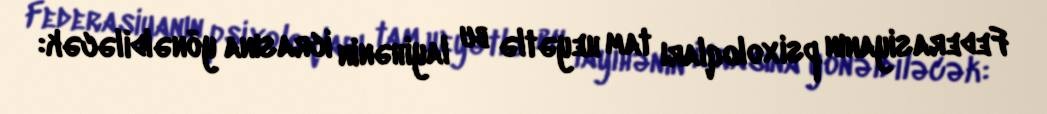
Federasiyanın psixoloqları tam heyətlə bu layihənin icrasına yönəldiləcək: